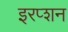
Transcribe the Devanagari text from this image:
इरप्शन